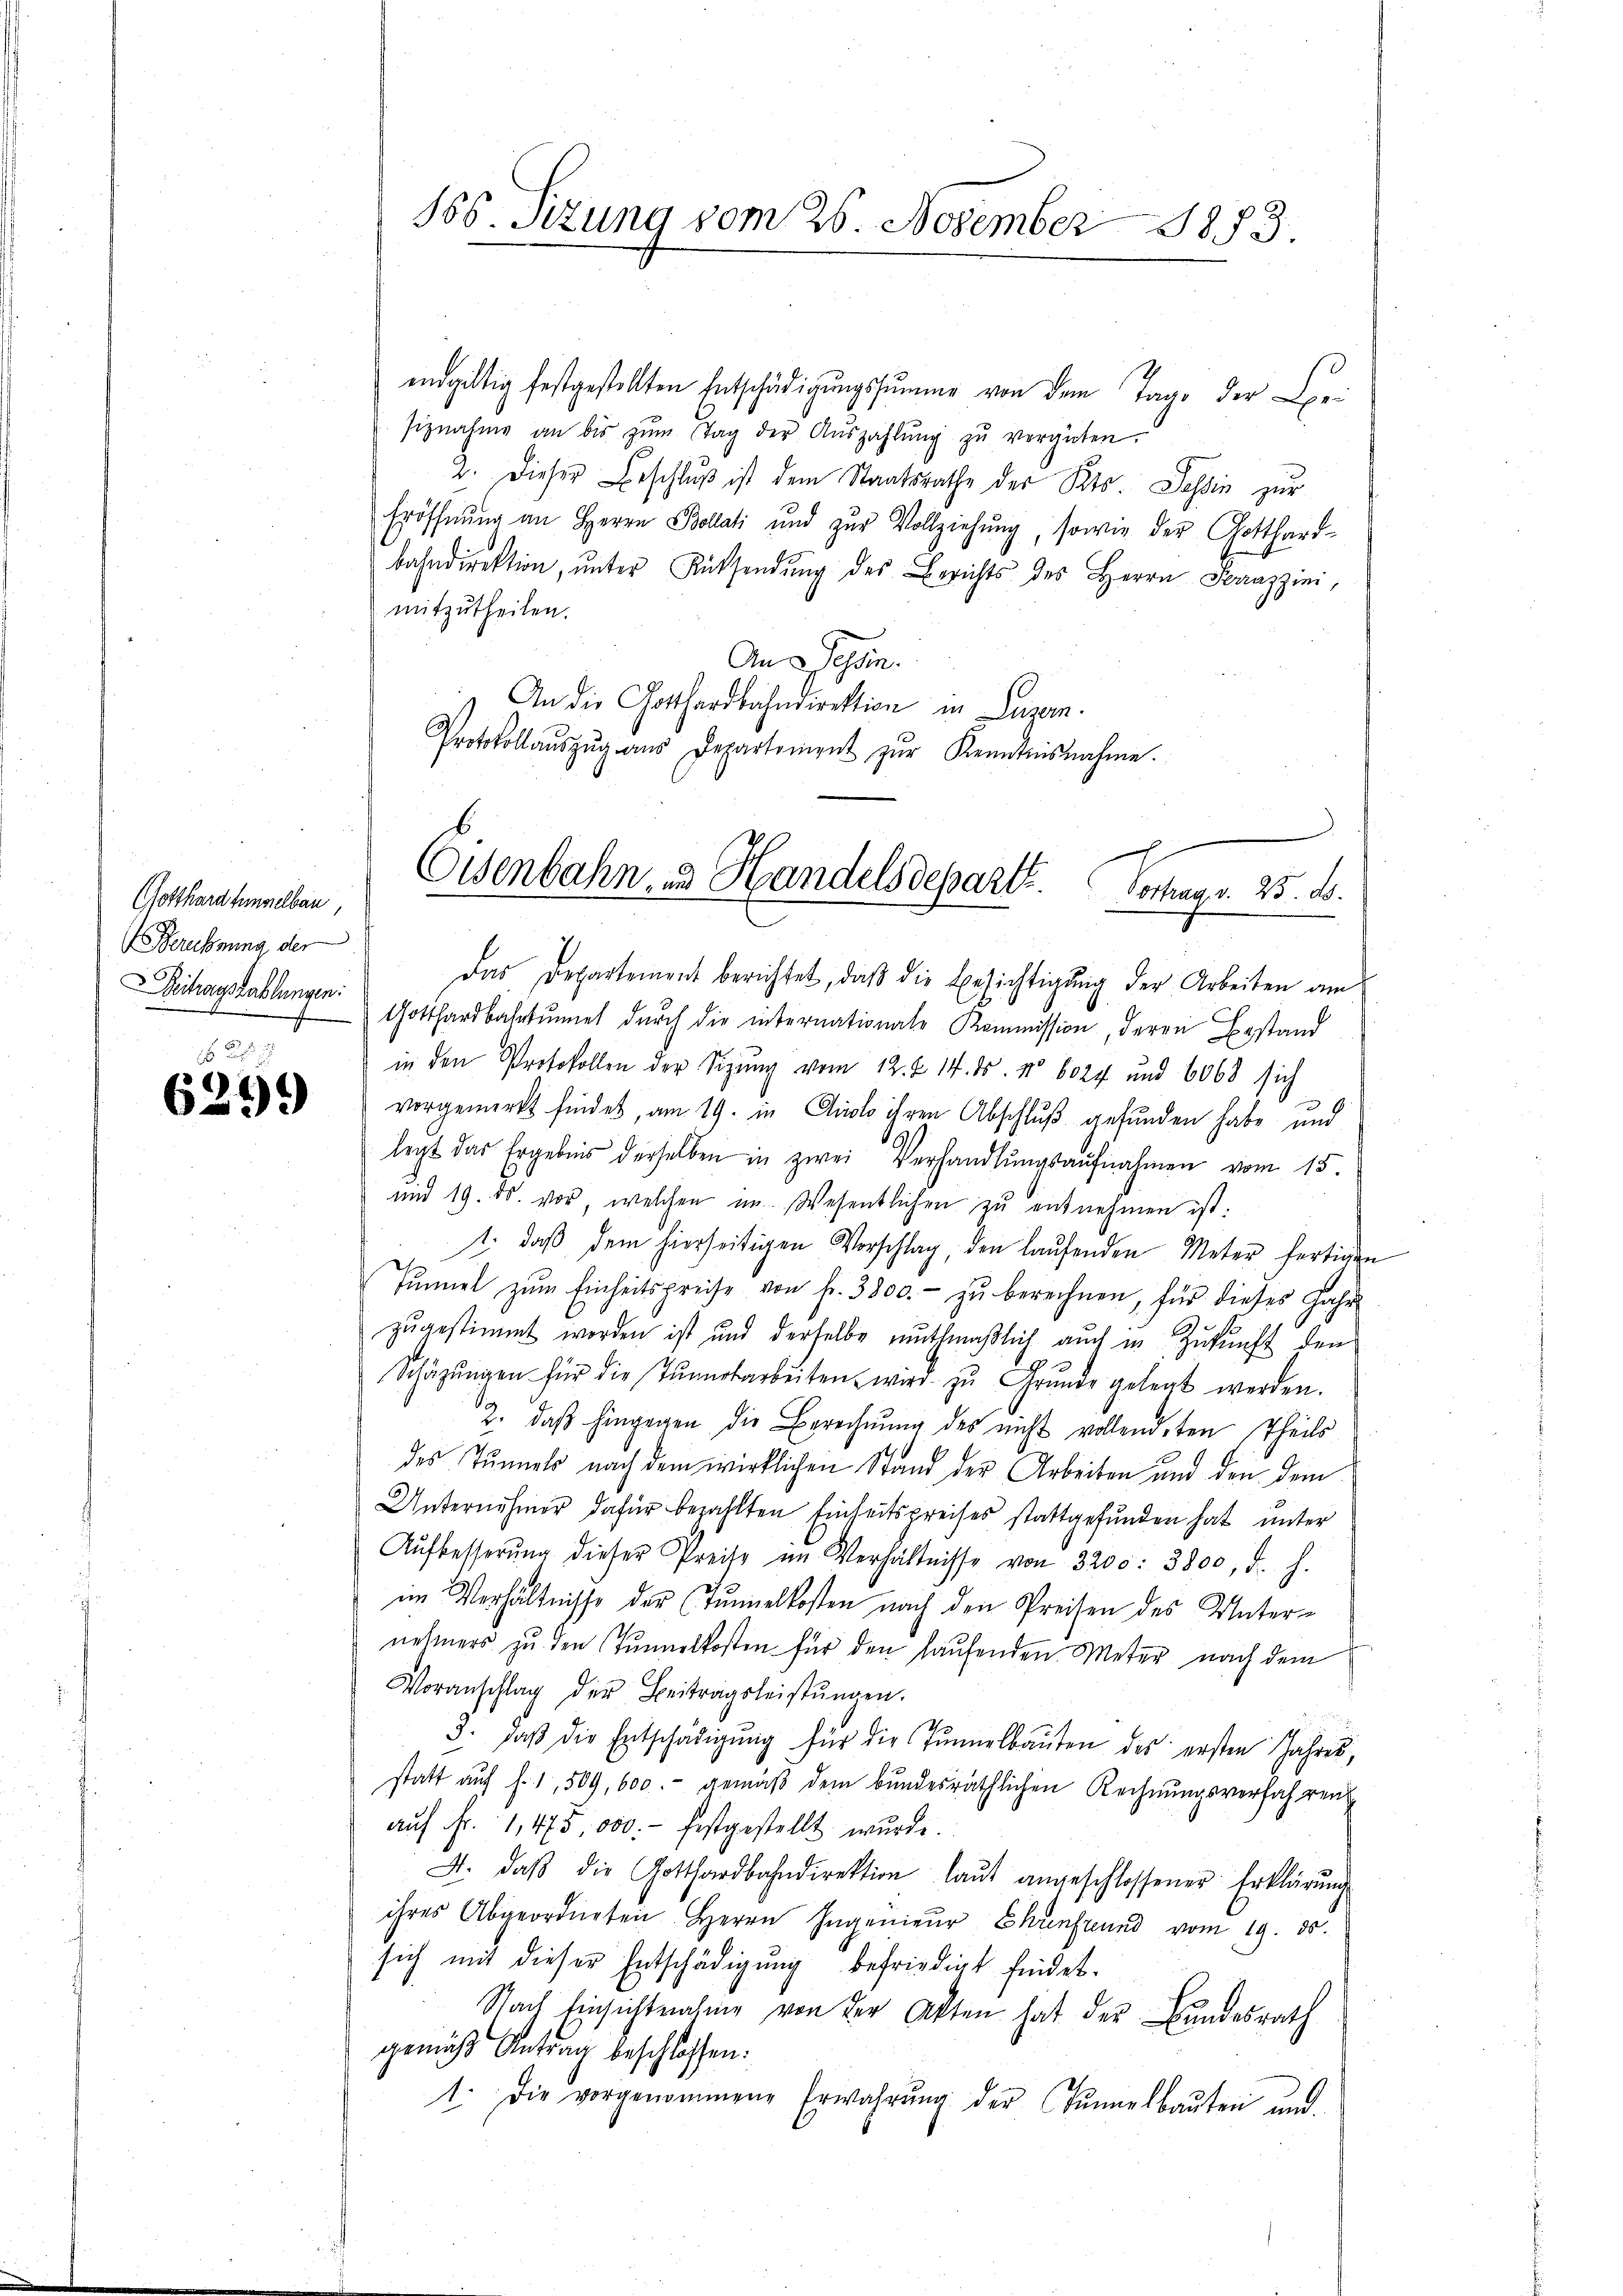
Gotthard hingelbar
Berufnung der
Beitragstablungen:
16

6299

endgültig festgestellten Entschädigŭngssumme von dem Tage der Lei
siznahme an bis zŭm Tag der Aŭszahlŭng zŭ vergüten.
u. dieser Beschlŭβ ist dem Staatsrathe des Kts. Tessin zur
Eröffnŭng an Herrn Bollati und zŭr Vollziehung, sowie der Gotthard-
bahndirektion, ŭnter Rücksendŭng des Berichts des Herrn Serazzini,
mitzutheilen.
An 3 Tessin.
An die Gotthardbahndirektion in Luzern.
Protokollaŭszŭg aŭs Departement zŭr Kenntnisnahme.

166. Sitzung vom 26. November 1873.

h
Eisenbahn, in Handelsdeparte. Vortrag v. 25. d.

Das Departement berichtet, daß die Besichtigung der Arbeiten am
 Gotthardbahntŭmel durch die internationale Kommission, deren Bestand
in den Protokollen der Sigung vom 12. d. 14. ds. No 6024 und 6068 sich
vorgemerkt findet, am 19. in Crolo ihren Abschluß gefunden habe und
legt das Ergebnis derselben in zwei verhandlungsaufnahmen vom 15.
mit 19. ds. vor, welchen im Wesentlichen zu entnehmen ist.
1. daβ dem hierseitigen Vorschlag, den laŭfenden Meter fertigen
sŭnnet zŭm Einheitspreise von fr. 3800.- zŭ berechnen, für dieses Jahr
zugestimmt worden ist und derselbe muthmaßlich auch in Zukunft den
Schäzŭngen für die Tŭnrtarbeiten wird zŭ Grŭnde gelegt werden.
u. daß hingegen die Berechnung des nicht vollendeten Theils
des Tunnels nach dem wirklichen Stand der Arbeiten und den dem
Unternehmer dafür bezahlten Einheitspreises stattgefŭnden hat unter
Aŭfbesserŭng dieser Preise im Verhältnisse von 3200: 3800, d. h.
im Verhältnisse der Tunnelkosten nach den Preisen des Unternehmers zu den Tunnelkosten für den laufenden Meter nach dem
Voranschlag der Beitragsleistŭngen.
3. daβ die Entschädigŭng für die Tŭnnelbauten des ersten Jahres,
statt aŭf f. 1, 509, 600.- gemäβ dem bundesräthlichen Rechnŭngsverfahren
aŭf Fr. 1,475 000.- festgestellt wurde.
A. daβ die Gotthardbahndirektion laŭt angeschlossener Erklärŭng
ihres Abgeordneten Herrn Ingenieŭr Chunfreund vom 19. ds.
sich mit dieser Entschädigung befriedigt findet.
Nach Einsichtnahme von der Akten hat der Bundesrath
gemäß Antrag beschlossen:
1. Die vorgenommene Erwahrŭng der Tunnelbaŭten und